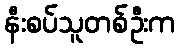
နီးစပ်သူတစ်ဦးက